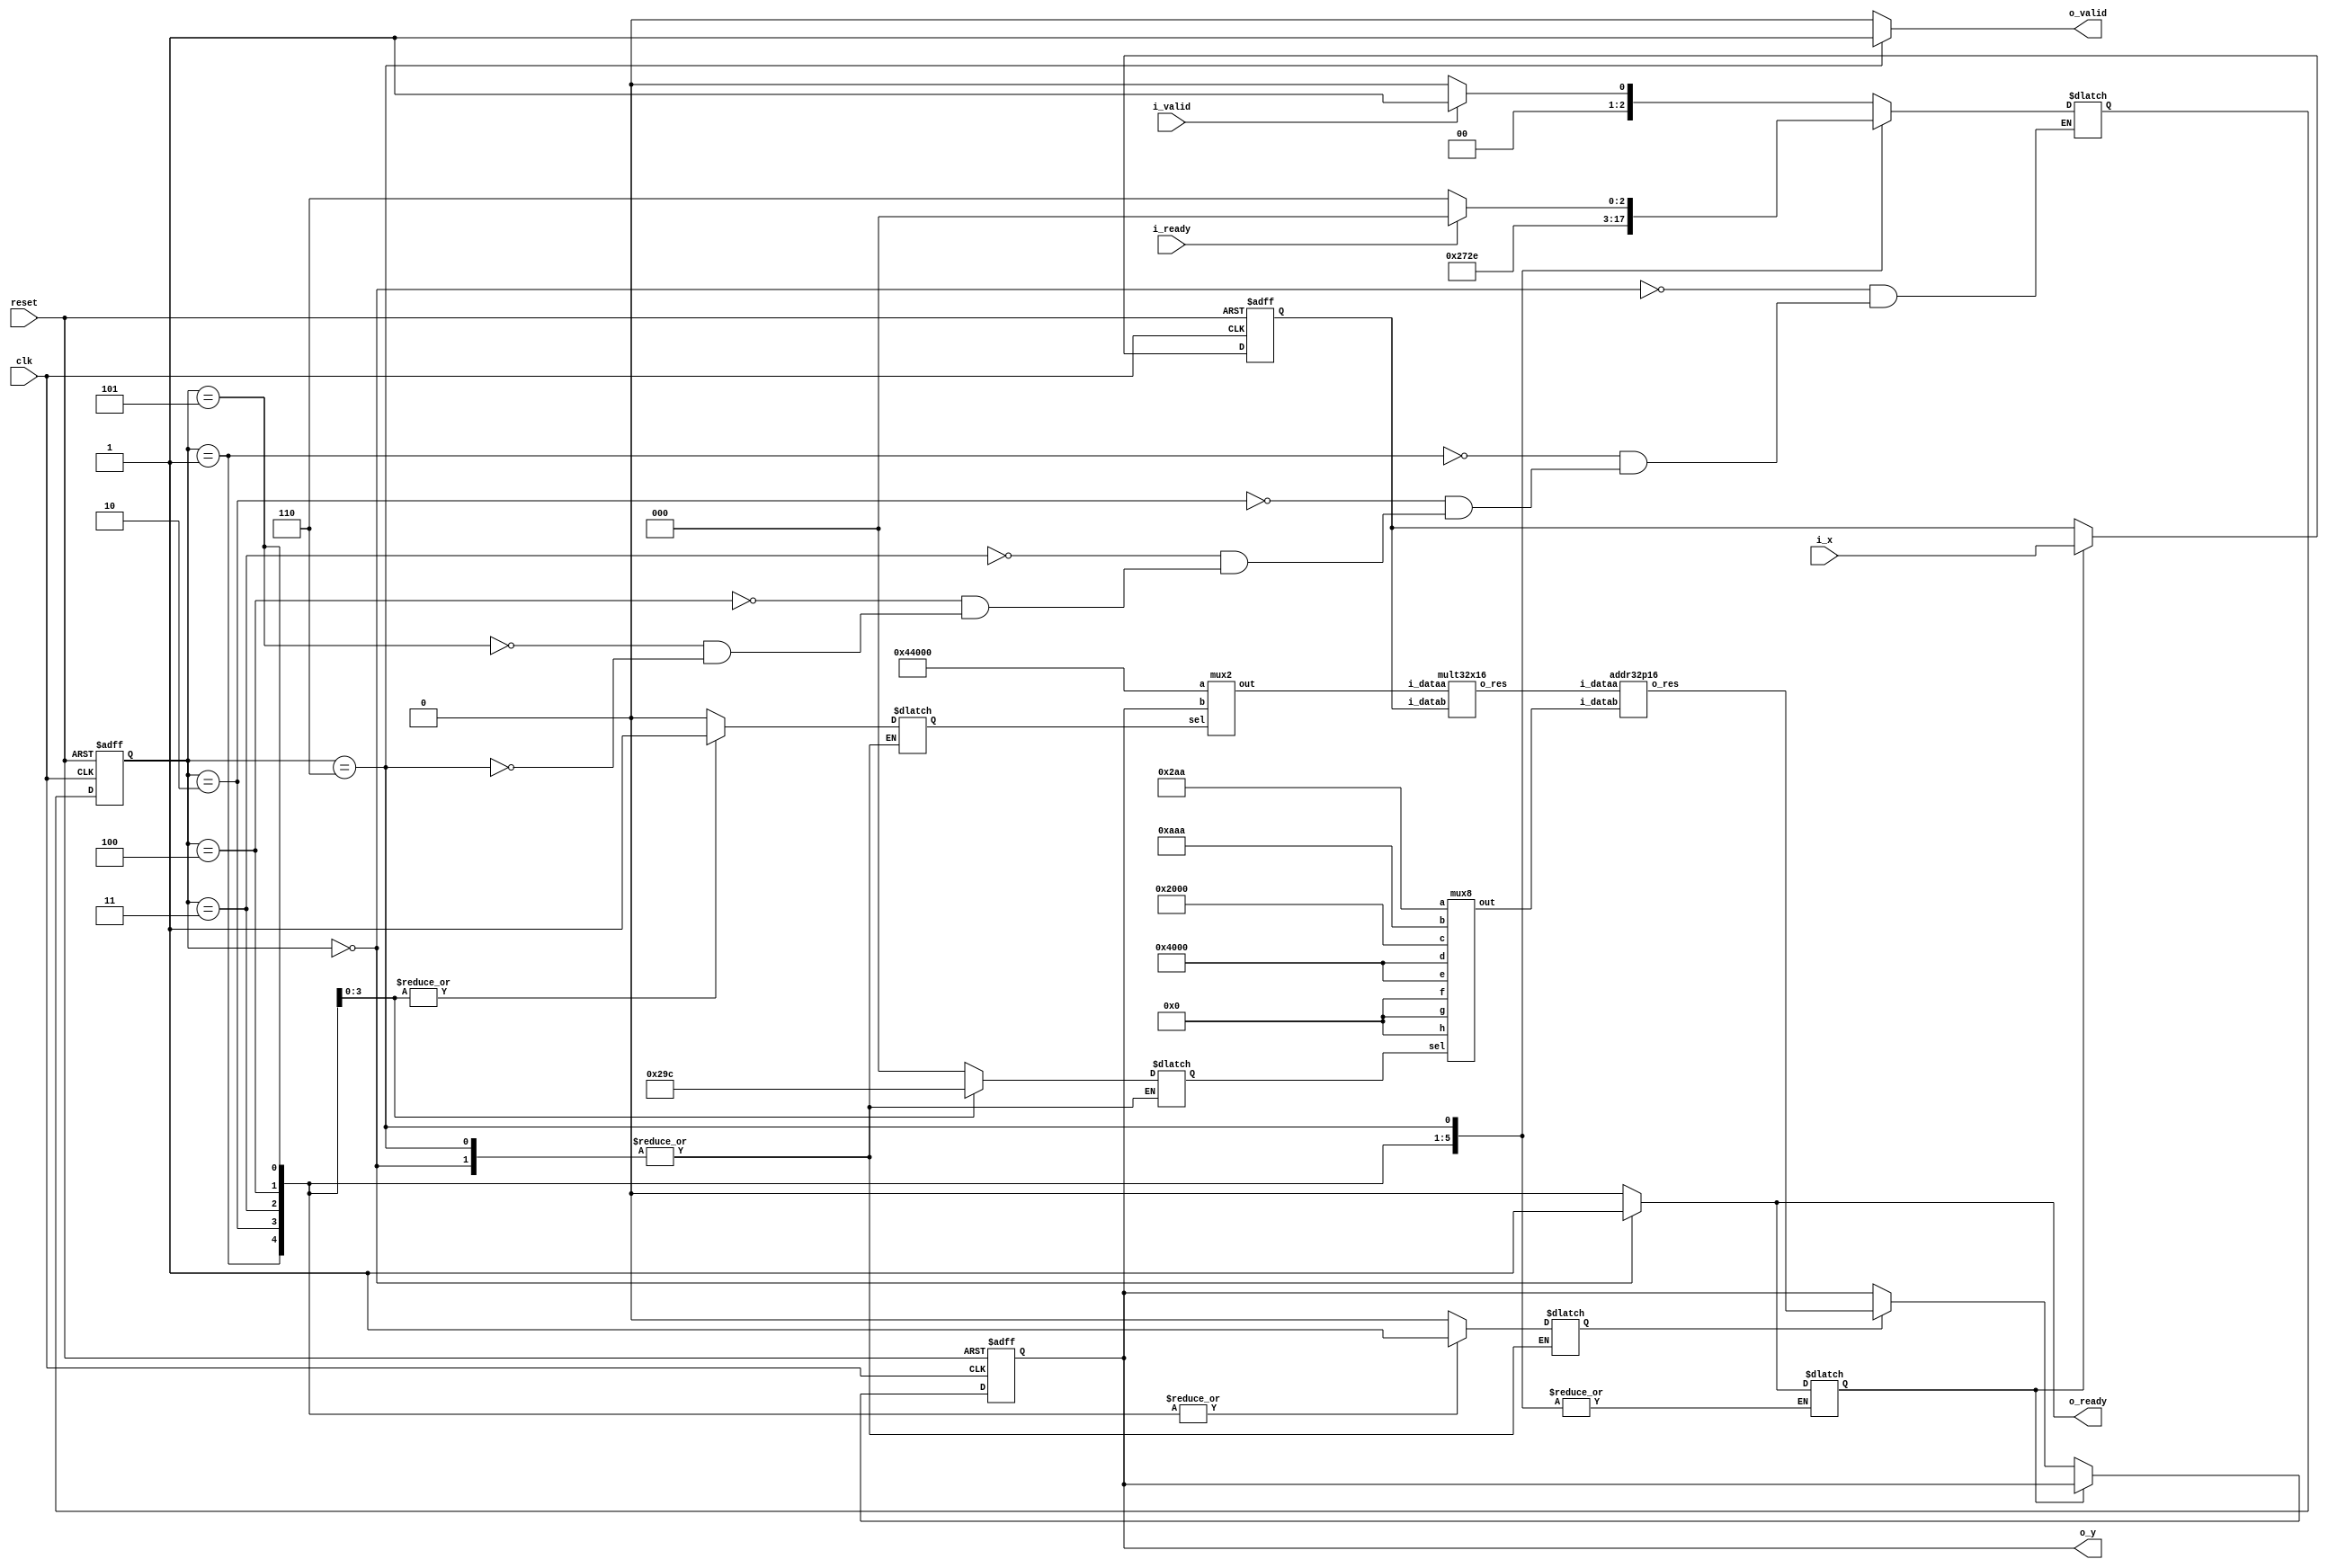
module lab1 #
(
	parameter WIDTHIN = 16,		// Input format is Q2.14 (2 integer bits + 14 fractional bits = 16 bits)
	parameter WIDTHOUT = 32,	// Intermediate/Output format is Q7.25 (7 integer bits + 25 fractional bits = 32 bits)
	// Taylor coefficients for the first five terms in Q2.14 format
	parameter [WIDTHIN-1:0] A0 = 16'b01_00000000000000, // a0 = 1
	parameter [WIDTHIN-1:0] A1 = 16'b01_00000000000000, // a1 = 1
	parameter [WIDTHIN-1:0] A2 = 16'b00_10000000000000, // a2 = 1/2
	parameter [WIDTHIN-1:0] A3 = 16'b00_00101010101010, // a3 = 1/6
	parameter [WIDTHIN-1:0] A4 = 16'b00_00001010101010, // a4 = 1/24
	parameter [WIDTHIN-1:0] A5 = 16'b00_00000010001000  // a5 = 1/120
)
(
	input clk,
	input reset,	
	
	input i_valid,
	input i_ready,
	output reg o_valid,
	output reg o_ready,
	
	input [WIDTHIN-1:0] i_x,
	output [WIDTHOUT-1:0] o_y
);

//Output value could overflow (32-bit output, and 16-bit inputs multiplied
//together repeatedly).  Don't worry about that -- assume that only the bottom
//32 bits are of interest, and keep them.
reg [WIDTHIN-1:0] x;	// Register to hold input X
reg [WIDTHOUT-1:0] y_out;	// Register to hold output Y

// Signals for computing the y output
wire [WIDTHOUT-1:0] mult_out;
wire [WIDTHOUT-1:0] add_out;
wire [WIDTHOUT-1:0] mult_in;
wire [WIDTHIN-1:0] add_in; 

//Mux Control signals
reg mul_ctrl;
reg [2:0] add_ctrl;

//Wires to control x and y movement into flops
reg ready_for_x;
reg ready_for_y;

//Ready and Valid input signals
reg input_valid;
reg enable;

//FSM States 
reg [2:0] current_state;
reg [2:0] next_state;

//State Definitions:
//000 : get_inp  : Stay in stage, move to stage1 if valid is 1, move i_x -> x, o_ready set to 1
//001 : stage1   : if stage is get_inp, and valid is 1, we go to this stage, set mul mux to A5, add to A4
//010 : stage2   : if stage is stage1 , set mul mux to loopback, add to a3
//011 : stage3   : if stage is stage2 , set mul mux to loopback, add to a2
//100 : stage4   : if stage is stage3 , set mul mux to loopback, add to a1
//101 : stage5   : if stage is stage4 , set mul mux to loopback, add to a0
//110 : send_out : if stage is stage5 , waiting for i_ready before sending it to get_inp, move y_out -> o_y, o_valid set to 1 

//Multiplexers to pick design
mux2 mux_mult(.sel(mul_ctrl), .a({5'b0, A5, 11'b0}), .b(y_out), .out(mult_in));
mux8 mux_add(.sel(add_ctrl), .a(A4), .b(A3), .c(A2), .d(A1), .e(A0), .f(16'b0), .g(16'b0), .h(16'b0), .out(add_in));

// compute y value
mult32x16 Mult1 (.i_dataa(mult_in), 	.i_datab(x), 	.o_res(mult_out));
addr32p16 Addr1 (.i_dataa(mult_out), 	.i_datab(add_in), 	.o_res(add_out));

//Set the next stage!
always @ (current_state or input_valid or enable) begin
	case(current_state)
		3'b000 : if(input_valid) begin
			next_state = 3'b001; //Start stage 1
		end else begin
			next_state = 3'b000; //stay in get_inp
		end
		3'b001: next_state = 3'b010; 	// Move to stage 2
		3'b010: next_state = 3'b011;	// Move to stage 3
		3'b011: next_state = 3'b100;	// Move to stage 4
		3'b100: next_state = 3'b101;	// Move to stage 5
		3'b101: next_state = 3'b110;	// Move to send_out
		3'b110: if(enable) begin 	
			next_state = 3'b000; //If reciever ready, move to get_inp
		end else begin
			next_state = 3'b110; //If reciever not ready, stay in send_out stage
		end
	endcase
end
always @ (*) begin 
	input_valid = i_valid;
	enable = i_ready;
end

// Set control fsm 
always @ (*) begin
	case(current_state)
		3'b000 : begin
			o_valid = 1'b0;
			o_ready = 1'b1;
			ready_for_x = 1'b1;
		end
		3'b001: begin
			mul_ctrl = 1'b0;
			add_ctrl = 3'b000;
			o_ready = 1'b0;
			o_valid = 1'b0;
			ready_for_y = 1'b1;
		end
		3'b010: begin
			mul_ctrl = 1'b1;
			add_ctrl = 3'b001;
			o_ready = 1'b0;
			o_valid = 1'b0;			
			ready_for_y = 1'b1;
		end 
		3'b011: begin
			mul_ctrl = 1'b1;
			add_ctrl = 3'b010;
			o_valid = 1'b0;			
			o_ready = 1'b0;
			ready_for_y = 1'b1;
		end 
		3'b100: begin
			mul_ctrl = 1'b1;
			add_ctrl = 3'b011;
			o_valid = 1'b0;
			o_ready = 1'b0;
			ready_for_y = 1'b1;
		end 
		3'b101: begin
			mul_ctrl = 1'b1;
			add_ctrl = 3'b100;
			o_ready = 1'b0;
			o_valid = 1'b0;			
			ready_for_y = 1'b1;
		end 
		3'b110: begin
			o_valid = 1'b1;
			o_ready = 1'b0;
		end
		default:begin
			o_valid = 1'b0;
			o_ready = 1'b0;
		
			ready_for_x = 1'b0;			// Controls x_reg
			ready_for_y = 1'b0;			// Controls y_reg
		
			mul_ctrl = 1'b0;				// Controls multiplier mux
			add_ctrl = 3'b000;				// Controls adder mux
		end
	endcase
end
	
//Register Control 
always @ (posedge clk or posedge reset) begin
	if (reset) begin
		x <= 0;
		y_out <= 0;
	end else if (ready_for_x) begin
		x <= i_x;
	end else if (ready_for_y) begin
		y_out <= add_out;
	end

end

//State Machine clock movement (Mealy)
always @ (posedge clk or posedge reset) begin
	if (reset) begin
		current_state <= 3'b000; //get_inp
	end else begin
		current_state <= next_state;
	end
end

assign o_y = y_out;
endmodule

/*******************************************************************************************/
//
// Multiplier module for all the remaining 32x16 multiplications
module mult32x16 (
	input  [31:0] i_dataa,
	input  [15:0] i_datab,
	output [31:0] o_res
);

reg [47:0] result;

always @ (*) begin
	result = i_dataa * i_datab;
end

// The result of Q7.25 x Q2.14 is in the Q9.39 format. Therefore we need to change it
// to the Q7.25 format specified in the assignment by selecting the appropriate bits
// (i.e. dropping the most-significant 2 bits and least-significant 14 bits).
assign o_res = result[45:14];

endmodule

/*******************************************************************************************/

// Adder module for all the 32b+16b addition operations 
module addr32p16 (
	input [31:0] i_dataa,
	input [15:0] i_datab,
	output [31:0] o_res
);

// The 16-bit Q2.14 input needs to be aligned with the 32-bit Q7.25 input by zero padding
assign o_res = i_dataa + {5'b00000, i_datab, 11'b00000000000};

endmodule

/*******************************************************************************************/
/*******************************************************************************************/

module mux2 (
	input sel,
	input [31:0] a,
	input [31:0] b,
	
	output reg [31:0] out
);
always @ (*) begin
	case (sel)
		1'b0: out = a;
		1'b1: out = b;
	endcase
end

endmodule

/*******************************************************************************************/

module mux8 (
	input [2:0] sel,
	input [15:0] a,
	input [15:0] b,
	input [15:0] c,
	input [15:0] d,
	input [15:0] e,
	input [15:0] f,
	input [15:0] g,
	input [15:0] h,
	
	output reg [15:0] out
);
always @ (*) begin
	case (sel[2:0])
		3'b000: out = a;
		3'b001: out = b;
		3'b010: out = c;
		3'b011: out = d;
		3'b100: out = e;
		3'b101: out = f;
		3'b110: out = g;
		3'b111: out = h;
	endcase
end

endmodule

/*******************************************************************************************/